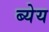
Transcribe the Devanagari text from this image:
ब्येय